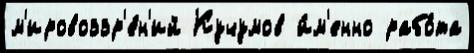
м'ировоззр'е́н'ий Кучумов и́м'енно рабо́та